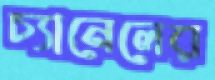
চ্যানেলের